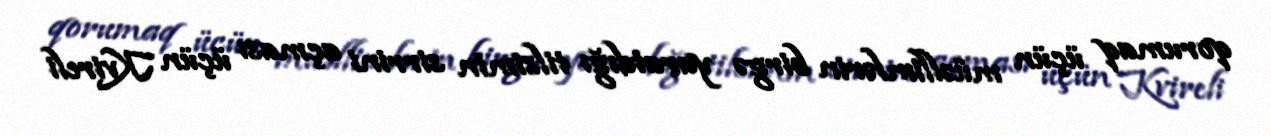
qorumaq üçün müəllimlərin birgə yaratdığı tilsimin sirrini açması üçün Kvireli